Eesti_Peakonsulaat_New_Yorgis, lk 12
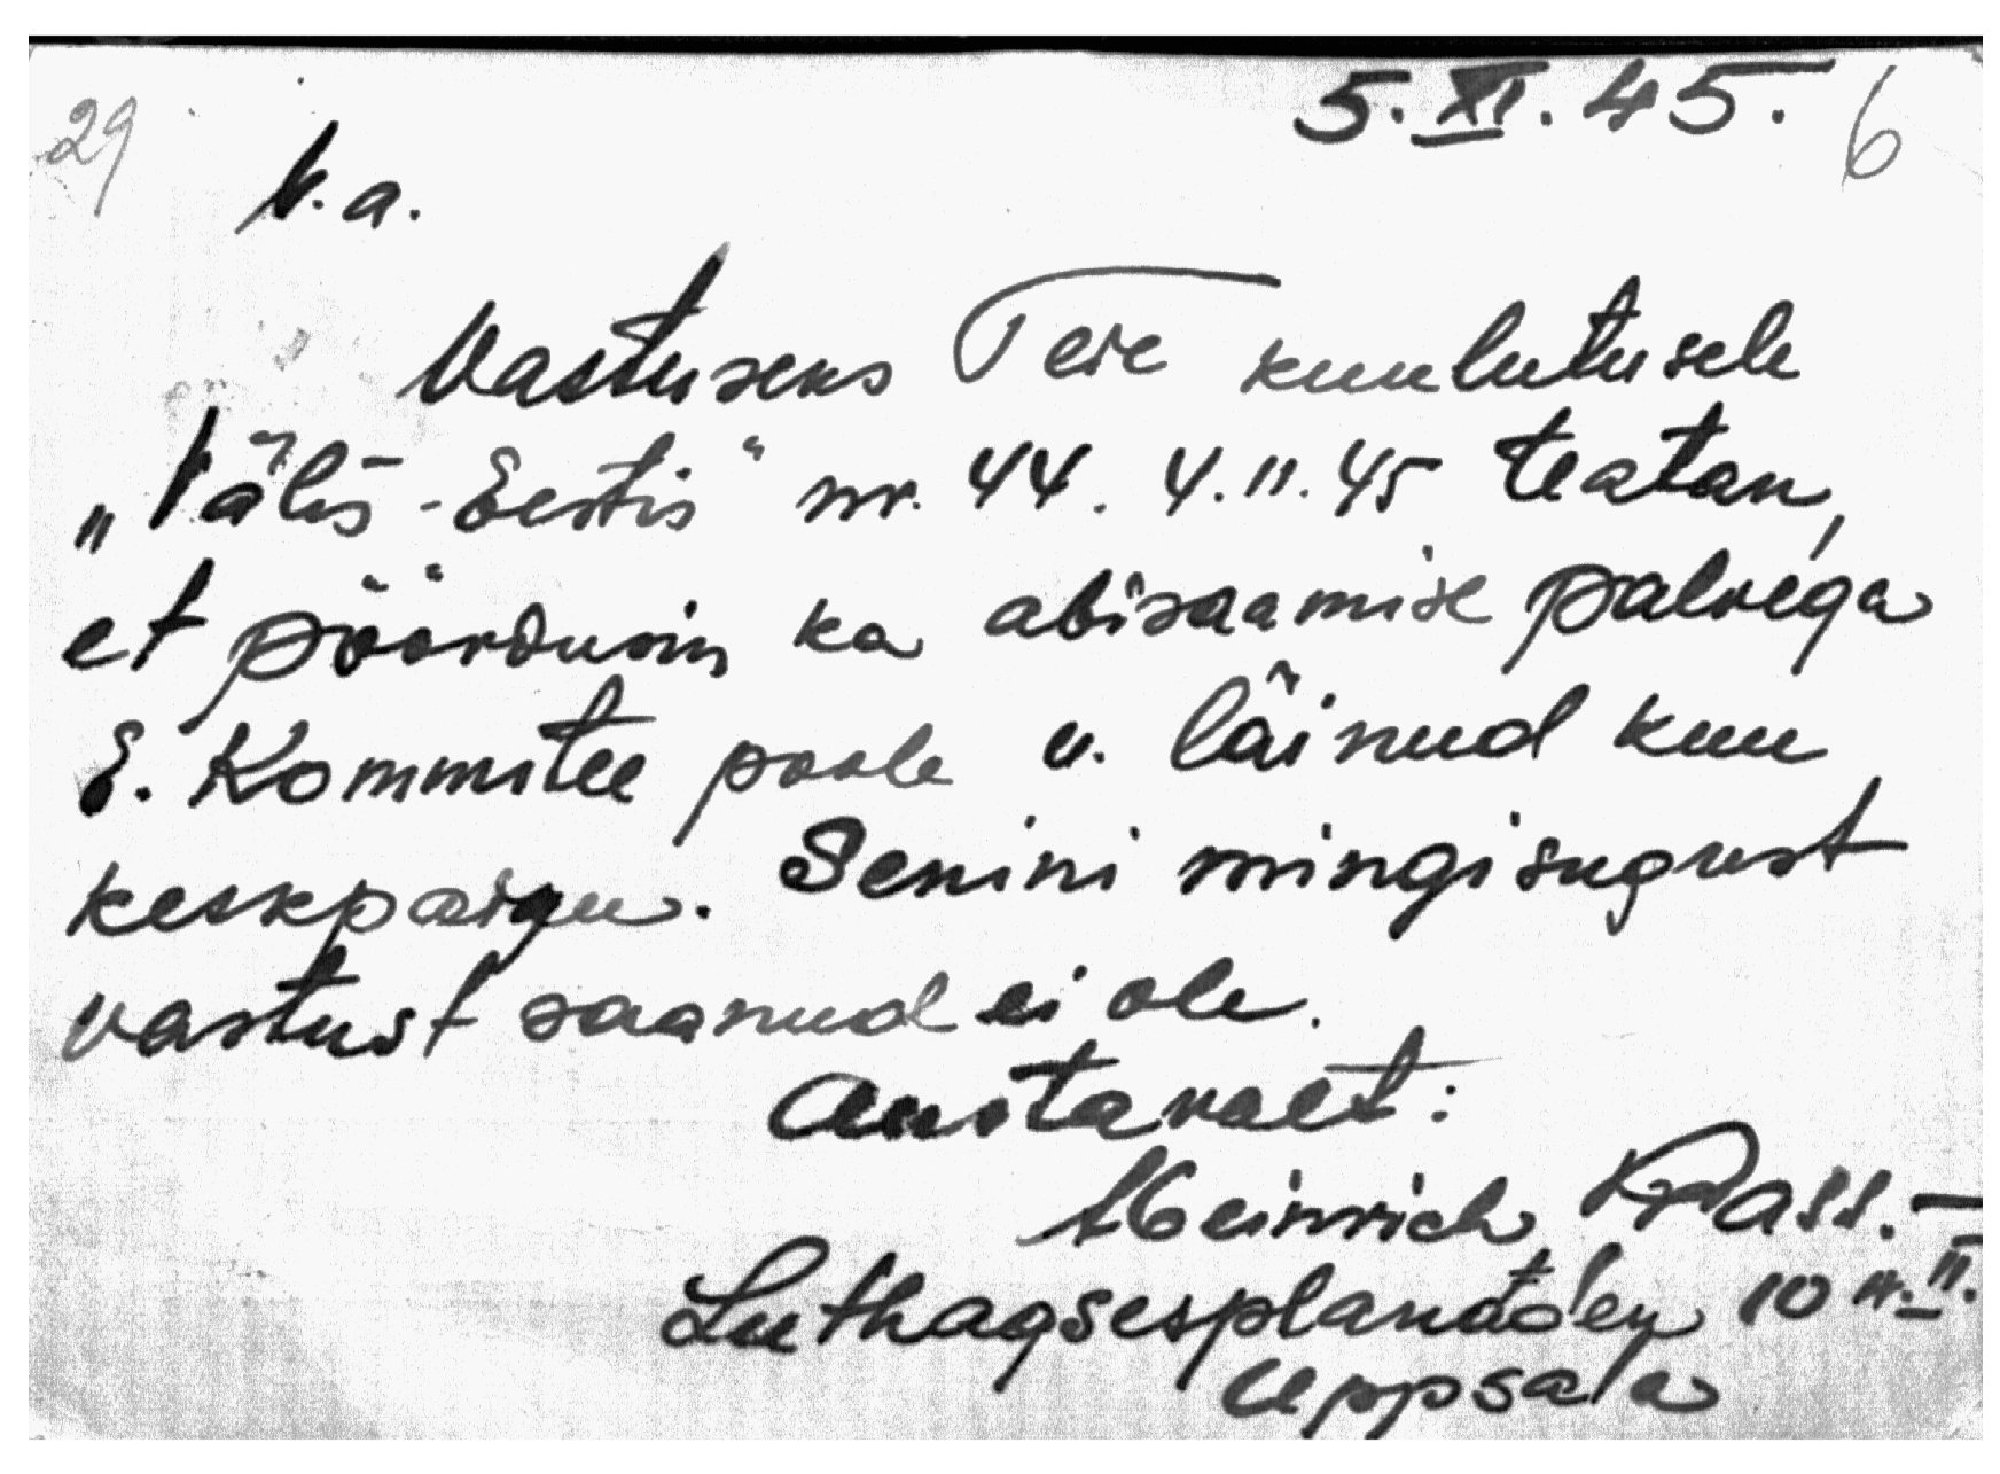
5.XI.45.
6

29
V. a.
Vastuseks Teie kuulutusele
"Välis-Eestis" nr. 44. 4.11.45 teatan,
et pöördusin ka abisaamise palvega
E. Kommitee poole u. läinud kuu
keskpaigu. Senini mingisugust
vastust saanud ei ole.
Austavalt:
Heinrich Prass. -
Luthagsesplanaden 10 4.II.
Uppsala